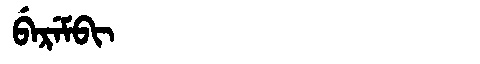
Manchu: ᠪᡝᡵᡝᠮᠪᡳ
Romanization: BEREMBI